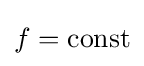
f={\text{const}}